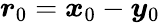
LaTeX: \boldsymbol{r}_{0}=\boldsymbol{x}_{0}-\boldsymbol{y}_{0}